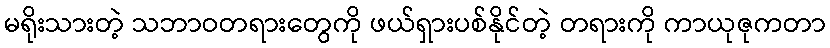
မရိုးသားတဲ့ သဘာဝတရားတွေကို ဖယ်ရှားပစ်နိုင်တဲ့ တရားကို ကာယုဇုကတာ